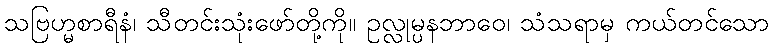
သဗြဟ္မစာရီနံ၊ သီတင်းသုံးဖော်တို့ကို။ ဥလ္လုမ္ပနဘာဝေ၊ သံသရာမှ ကယ်တင်သော